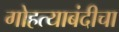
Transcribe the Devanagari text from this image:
गोहत्याबंदीचा